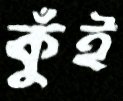
কুঁই